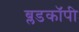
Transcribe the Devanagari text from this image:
ब्लडकॉपी